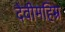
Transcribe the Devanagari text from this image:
देवीमहिम्र